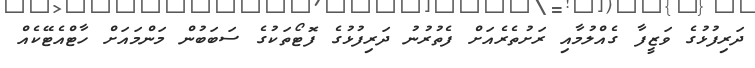
ދަރިފުޅުގެ ވަޒީފާ ގެއްލުމާއި ރަށުތެރެއަށް ފެތުރުނު ދަރިފުޅުގެ ފޮޓޯތަކުގެ ސަބަބުން މަންމައަށް ހާޓްއެޓޭކެއް